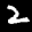
Label: 2